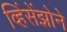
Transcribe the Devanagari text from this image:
व्हिंसेंझोने